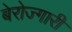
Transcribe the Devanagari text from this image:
बेरोज्गारी